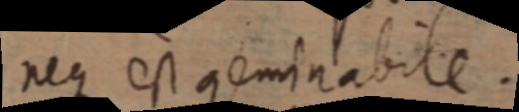
neque est geminabile.